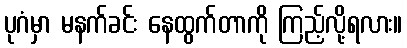
ပုဂံမှာ မနက်ခင်း နေထွက်တာကို ကြည့်လို့ရလား။